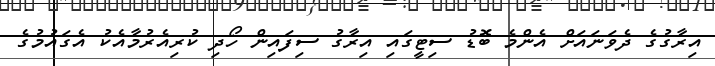
އިރާގުގެ ދެވަނައަށް އެންމެ ބޮޑު ސިޓީގައި އިރާގު ސިފައިން ހޯދި ކުރިއެރުމާއެކު އެގައުމުގެ